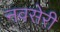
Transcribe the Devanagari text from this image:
नवसेरी